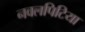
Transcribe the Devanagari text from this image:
नवलपिटिया